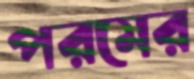
পরমের